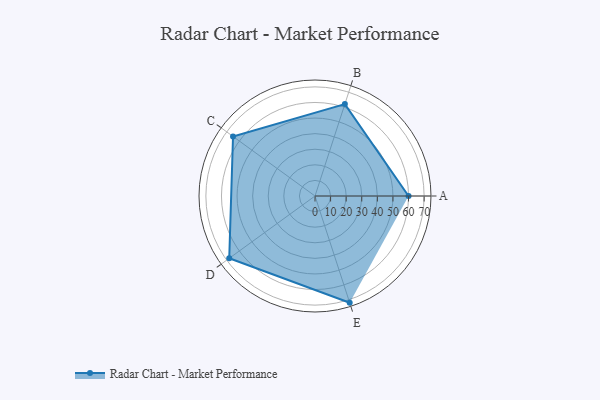
{"axis": {"x": "Skill", "y": "Score"}, "legend": ["Profile"], "data": [{"x": "A", "y": 60.0, "type": "Profile"}, {"x": "B", "y": 62.0, "type": "Profile"}, {"x": "C", "y": 65.0, "type": "Profile"}, {"x": "D", "y": 68.0, "type": "Profile"}, {"x": "E", "y": 72.0, "type": "Profile"}]}